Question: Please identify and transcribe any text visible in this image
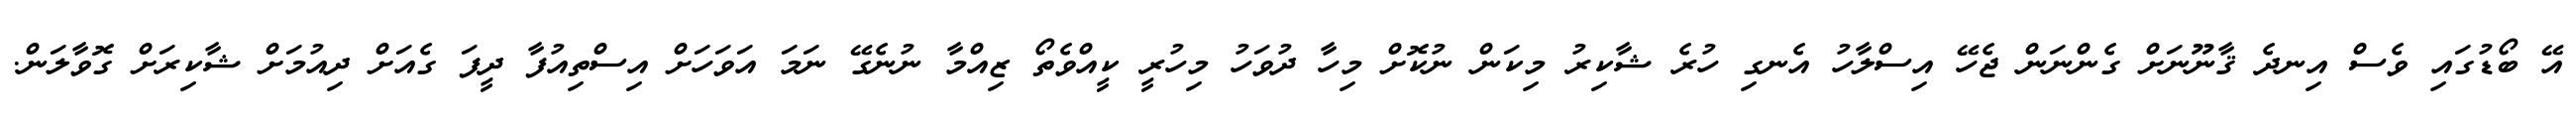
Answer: އޭ ބޯޑުގައި ވެސް އިނދެ ޤާނޫނަށް ގެންނަން ޖެހޭ އިސްލާހު އެނގި ހުރެ ޝާކިރު މިކަން ނުކޮށް މިހާ ދުވަހު މިހުރީ ކީއްވެތޯ ޒިއްމާ ނުނެގޭ ނަމަ އަވަހަށް އިސްތިއުފާ ދީފަ ގެއަށް ދިއުމަށް ޝާކިރަށް ގޮވާލަން.